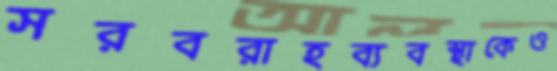
সরবরাহব্যবস্থাকেও